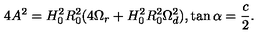
4 A ^ { 2 } = H _ { 0 } ^ { 2 } R _ { 0 } ^ { 2 } ( 4 \Omega _ { r } + H _ { 0 } ^ { 2 } R _ { 0 } ^ { 2 } \Omega _ { d } ^ { 2 } ) , \tan \alpha = \frac { c } { 2 } .